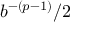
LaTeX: b ^ { - ( p - 1 ) } / 2